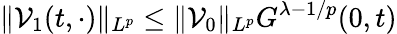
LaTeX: \| \mathcal{V}_{1}(t,\cdot)\| _{L^{p}}\leq\| \mathcal{V}_{0}\| _{L^{p}}G^{\lambda-1/p}(0,t)